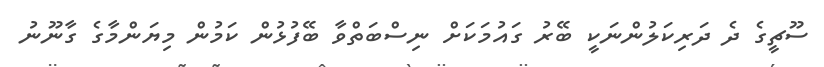
ސޫޗީގެ ދެ ދަރިކަލުންނަކީ ބޭރު ގައުމަކަށް ނިސްބަތްވާ ބޭފުޅުން ކަމުން މިޔަންމާގެ ގާނޫނު